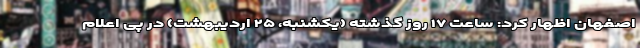
اصفهان اظهار کرد: ساعت ۱۷ روز گذشته (یکشنبه، ۲۵ اردیبهشت) در پی اعلام